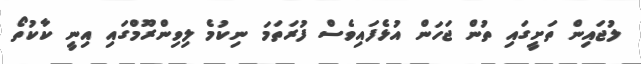
ލުޖައިން ތަށީގައި ތުން ޖަހަން އުޅެފައިވެސް ފުރަތަމަ ނިކުމެ ލިވިންރޫމްގައި އިނީ ކާކުތޯ